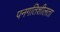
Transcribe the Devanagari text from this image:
पनगतिशीलता